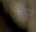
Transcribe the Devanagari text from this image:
सिटजे